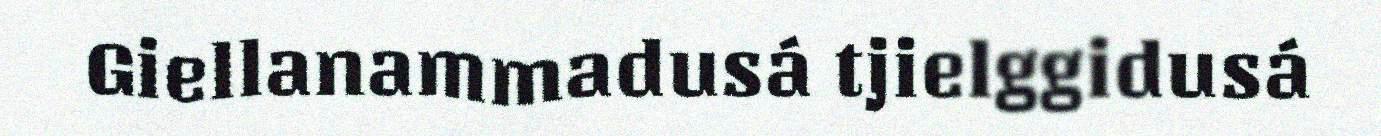
Giellanammadusá tjielggidusá